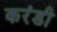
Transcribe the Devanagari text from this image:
करंडी